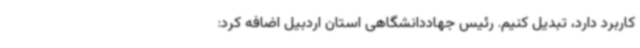
کاربرد دارد، تبدیل کنیم. رئیس جهاددانشگاهی استان اردبیل اضافه کرد: